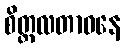
စိတ္တလတာဝနေ